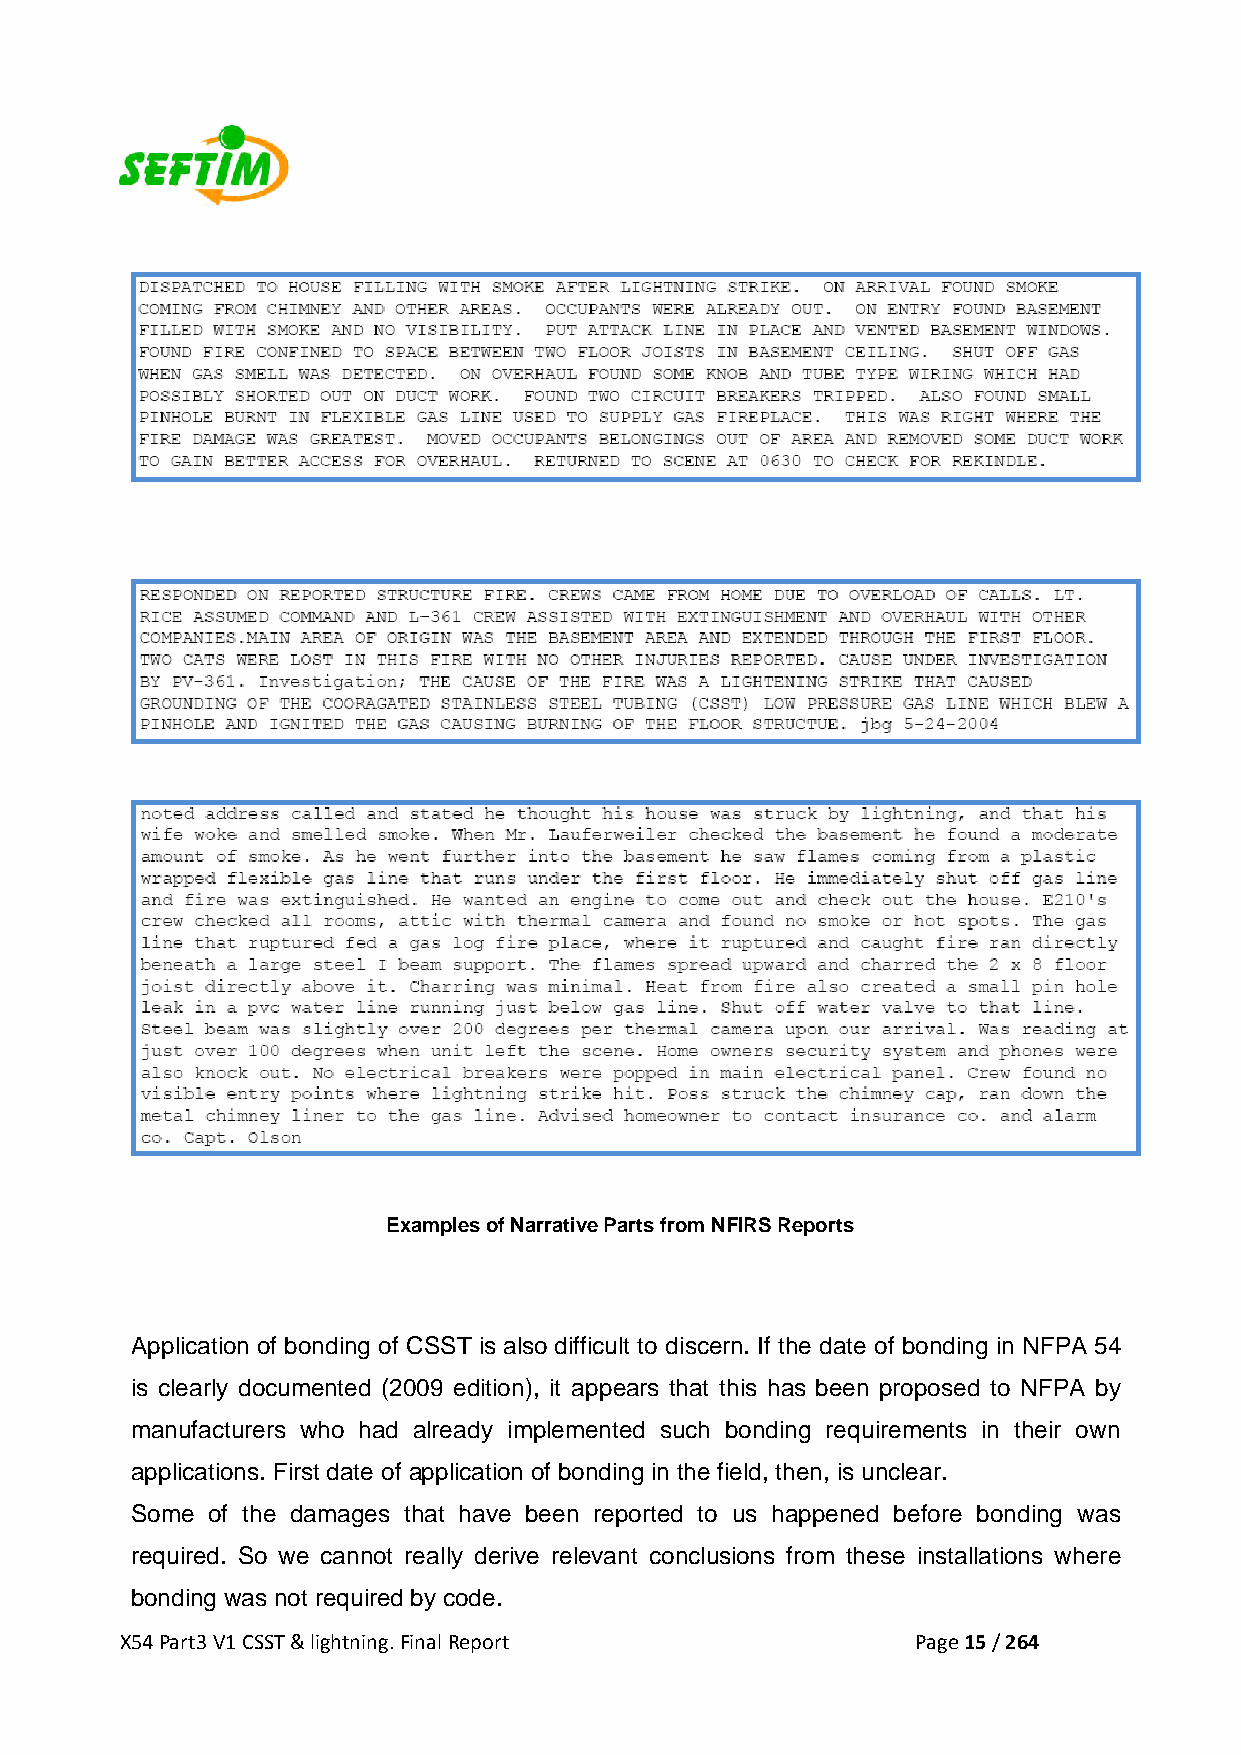
Examples of Narrative Parts from NFIRS Reports
 Application of bonding of CSST is also difficult to discern. If the date of bonding in NFPA 54
 is clearly documented (2009 edition), it appears that this has been proposed to NFPA by
 manufacturers who had already implemented such bonding requirements in their own
 applications. First date of application of bonding in the field, then, is unclear.
 Some of the damages that have been reported to us happened before bonding was
 required. So we cannot really derive relevant conclusions from these installations where
 bonding was not required by code.
 X54 Part3 V1 CSST & lightning. Final Report          Page 15 / 264